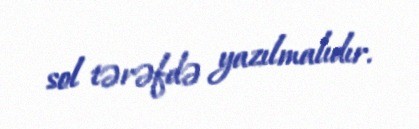
sol tərəfdə yazılmalıdır.